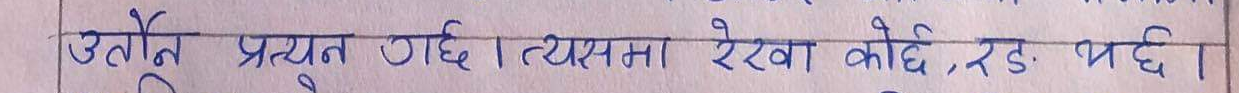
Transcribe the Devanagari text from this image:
उत्थौण प्रयुक्त गर्छे। त्यसमा रेखा कोधि, रख्छ।